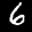
Label: 6